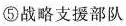
⑤战略支援部队